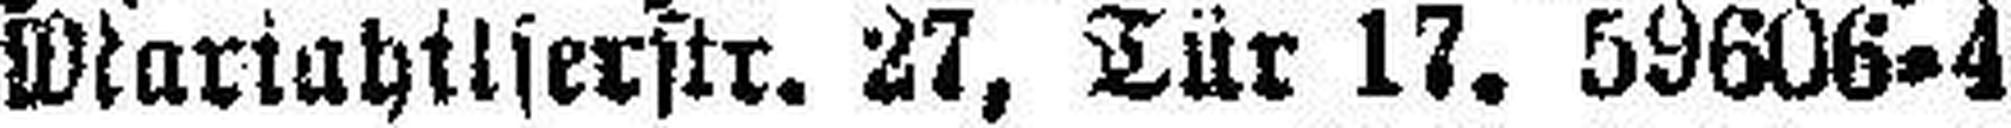
Mariahilferstr. 27. Tür 17. 59606-4